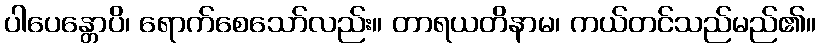
ပါပေန္တောပိ၊ ရောက်စေသော်လည်း။ တာရယတိနာမ၊ ကယ်တင်သည်မည်၏။